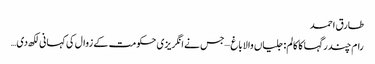
طارق احمد
رام چندر گہا کا کالم: جلیاں والا باغ –جس نے انگریزی حکومت کے زوال کی کہانی لکھ دی …